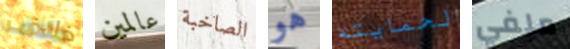
خلاف عالمين الصاخبة هو لحمايته ملفي